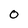
Character: 0